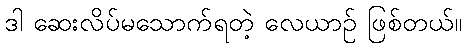
ဒါ ဆေးလိပ်မသောက်ရတဲ့ လေယာဉ် ဖြစ်တယ်။